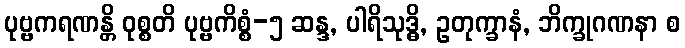
ပုဗ္ဗကရဏန္တိ ဝုစ္စတိ ပုဗ္ဗကိစ္စံ-၅ ဆန္ဒ, ပါရိသုဒ္ဓိ, ဥတုက္ခာနံ, ဘိက္ခုဂဏနာ စ